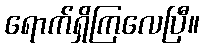
ရောက်ရှိကြလေပြီ။